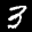
Label: 3